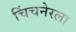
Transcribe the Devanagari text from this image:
चिंचनेरला